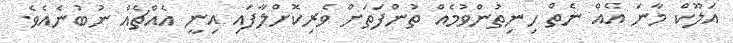
އަލޫކް މާނަ އެއް ނެތް ހިނިތުންވުމެއް ތުންފަތަށް ވެރިކޮށްލާފައި އިނީ އެއްޗެއް ނުބުނެއެވެ.